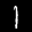
Label: 1